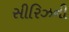
સીરિઝની